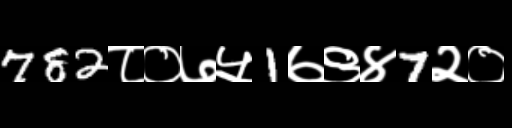
Text: 782८०७५1७९४7२०